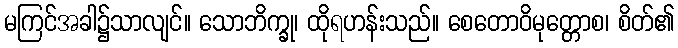
မကြင်အခါ၌သာလျင်။ သောဘိက္ခု၊ ထိုရဟန်းသည်။ စေတောဝိမုတ္တောစ၊ စိတ်၏